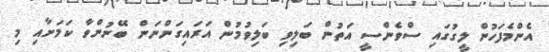
އެންމެފަހުން ލީގުގައި ސްވެންސީ އަތުން ބަލިވި ބަލިވުމުން އަރައިގަންނަން ބޭނުންވާ ކަމަށާއި މި